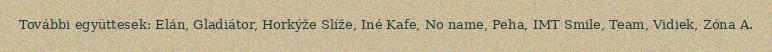
További együttesek: Elán, Gladiátor, Horkýže Slíže, Iné Kafe, No name, Peha, IMT Smile, Team, Vidiek, Zóna A.